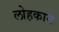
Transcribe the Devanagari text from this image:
लोहकाम